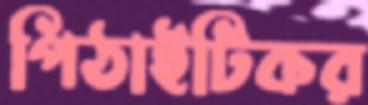
পিঠাইটিকর